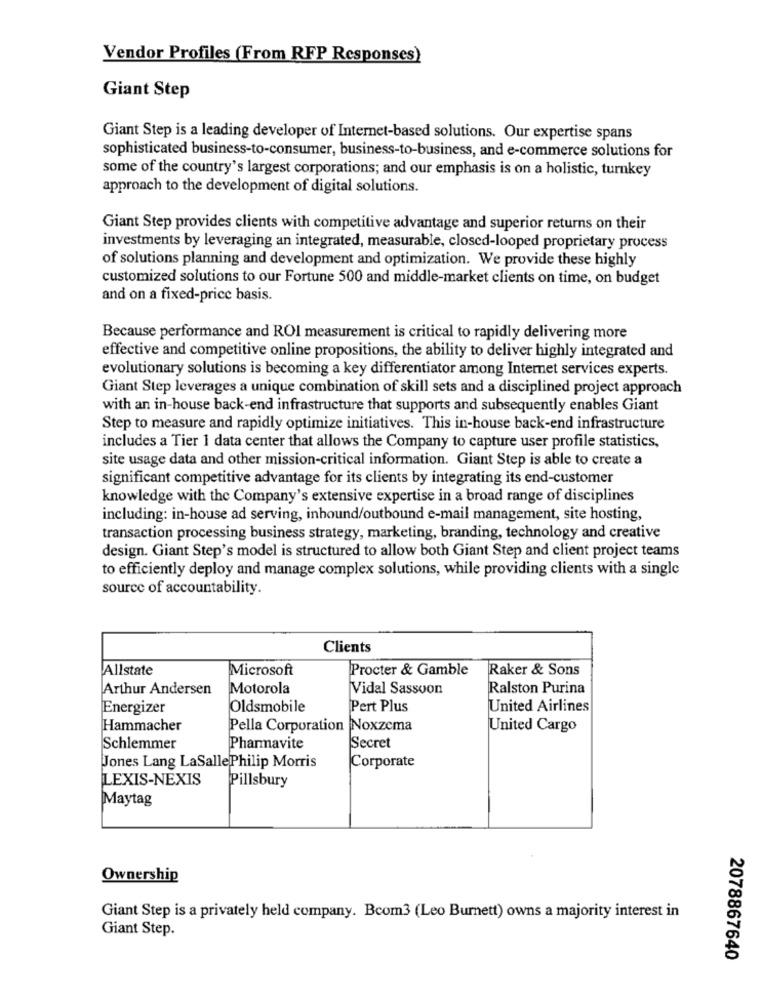
Vendor Profiles (From RFP Responses)
Giant Step
Giant Step is a leading developer of Internet-based solutions. Our expertise spans
sophisticated business-to-consumer, business-to-business, and e-commerce solutions for
some of the country's largest corporations; and our emphasis is on a holistic, turnkey
approach to the development of digital solutions.
Giant Step provides clients with competitive advantage and superior returns on their
investments by leveraging an integrated, measurable, closed-looped proprietary process
of solutions planning and development and optimization. We provide these highly
customized solutions to our Fortune 500 and middle-market clients on time, on budget
and on a fixed-price basis.
Because performance and ROI measurement is critical to rapidly delivering more
effective and competitive online propositions, the ability to deliver highly integrated and
evolutionary solutions is becoming a key differentiator among Internet services experts.
Giant Step leverages a unique combination of skill sets and a disciplined project approach
with an in-house back-end infrastructure that supports and subsequently enables Giant
Step to measure and rapidly optimize initiatives. This in-house back-end infrastructure
includes a Tier 1 data center that allows the Company to capture user profile statistics,
site usage data and other mission-critical information. Giant Step is able to create a
significant competitive advantage for its clients by integrating its end-customer
knowledge with the Company's extensive expertise in a broad range of disciplines
including: in-house ad serving, inhound/outbound e-mail management, site hosting,
transaction processing business strategy, marketing, branding, technology and creative
design. Giant Step's model is structured to allow both Giant Step and client project teams
to efficiently deploy and manage complex solutions, while providing clients with a single
source of accountability.
Clients
Allstate
Microsoft
Procter & Gamble
Raker & Sons
Arthur Andersen
Motorola
Vidal Sassoon
Ralston Purina
Energizer
Oldsmobile
Pert Plus
United Airlines
Hammacher
Pella Corporation Noxzema
United Cargo
Schlemmer
Pharmavite
Secret
Jones Lang LaSalle Philip Morris
Corporate
LEXIS-NEXIS
Pillsbury
Maytag
Ownership
Giant Step is a privately held company. Bcom3 (Leo Burnett) owns a majority interest in
Giant Step.
2078867640